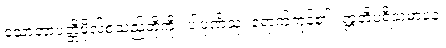
သောတာပတ္တိဖိုလ်စသည်တို့ကို။ ပါပုဏိံသု၊ ရောက်ကုန်၏။ ဣတိပရိသမာပနံ၊